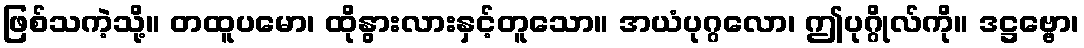
ဖြစ်သကဲ့သို့။ တထူပမော၊ ထိုနွားလားနှင့်တူသော။ အယံပုဂ္ဂလော၊ ဤပုဂ္ဂိုလ်ကို။ ဒဋ္ဌဗ္ဗော၊